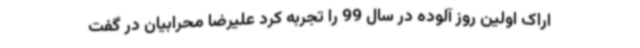
اراک اولین روز آلوده در سال 99 را تجربه کرد علیرضا محرابیان در گفت